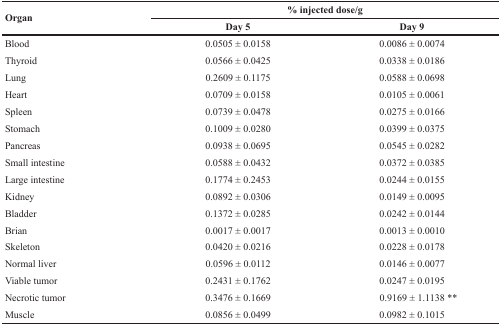
<table><thead><tr><td rowspan="2"><b>Organ</b></td><td colspan="2"><b>% injected dose/g</b></td></tr><tr><td><b>Day 5</b></td><td><b>Day 9</b></td></tr></thead><tbody><tr><td>Blood</td><td>0.0505 ± 0.0158</td><td>0.0086 ± 0.0074</td></tr><tr><td>Thyroid</td><td>0.0566 ± 0.0425</td><td>0.0338 ± 0.0186</td></tr><tr><td>Lung</td><td>0.2609 ± 0.1175</td><td>0.0588 ± 0.0698</td></tr><tr><td>Heart</td><td>0.0709 ± 0.0158</td><td>0.0105 ± 0.0061</td></tr><tr><td>Spleen</td><td>0.0739 ± 0.0478</td><td>0.0275 ± 0.0166</td></tr><tr><td>Stomach</td><td>0.1009 ± 0.0280</td><td>0.0399 ± 0.0375</td></tr><tr><td>Pancreas</td><td>0.0938 ± 0.0695</td><td>0.0545 ± 0.0282</td></tr><tr><td>Small intestine</td><td>0.0588 ± 0.0432</td><td>0.0372 ± 0.0385</td></tr><tr><td>Large intestine</td><td>0.1774 ± 0.2453</td><td>0.0244 ± 0.0155</td></tr><tr><td>Kidney</td><td>0.0892 ± 0.0306</td><td>0.0149 ± 0.0095</td></tr><tr><td>Bladder</td><td>0.1372 ± 0.0285</td><td>0.0242 ± 0.0144</td></tr><tr><td>Brian</td><td>0.0017 ± 0.0017</td><td>0.0013 ± 0.0010</td></tr><tr><td>Skeleton</td><td>0.0420 ± 0.0216</td><td>0.0228 ± 0.0178</td></tr><tr><td>Normal liver</td><td>0.0596 ± 0.0112</td><td>0.0146 ± 0.0077</td></tr><tr><td>Viable tumor</td><td>0.2431 ± 0.1762</td><td>0.0247 ± 0.0195</td></tr><tr><td>Necrotic tumor</td><td>0.3476 ± 0.1669</td><td>0.9169 ± 1.1138**</td></tr><tr><td>Muscle</td><td>0.0856 ± 0.0499</td><td>0.0982 ± 0.1015</td></tr></tbody></table>